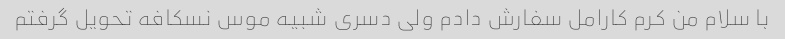
با سلام من کرم کارامل سفارش دادم ولی دسری شبیه موس نسکافه تحویل گرفتم